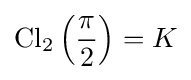
\operatorname {Cl} _{2}\left({\frac {\pi }{2}}\right)=K